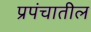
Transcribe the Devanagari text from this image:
प्रपंचातील